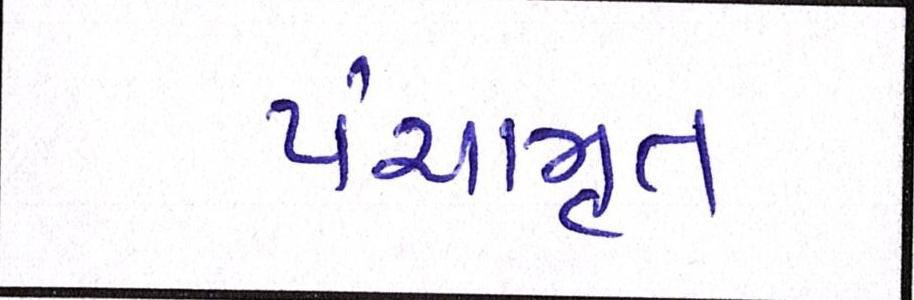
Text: પંચામૃત